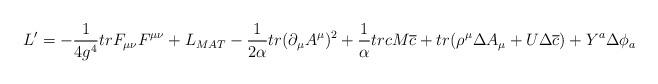
LaTeX: \begin{align*}L' =-{1\over 4g^4}trF_{\mu\nu}F^{\mu\nu}+L_{MAT}-{1\over 2\alpha}tr(\partial_{\mu}A^{\mu})^2+{1\over\alpha}trcM\overline c+tr(\rho^{\mu}\Delta A_{\mu}+U\Delta\overline c)+Y^a\Delta\phi_a\end{align*}